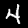
Label: 4